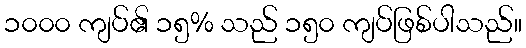
၁၀၀၀ ကျပ်၏ ၁၅% သည် ၁၅၀ ကျပ်ဖြစ်ပါသည်။